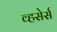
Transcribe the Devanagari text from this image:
व्हसेर्स